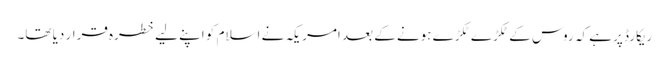
ریکارڈ پر ہے کہ روس کے ٹکڑے ٹکڑے ہونے کے بعد امریکہ نے اسلام کو اپنے لیے خطرہ قرار دیا تھا۔